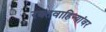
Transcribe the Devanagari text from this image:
रक्तवाहिन्यांवर